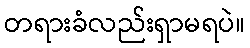
တရားခံလည်းရှာမရပဲ။